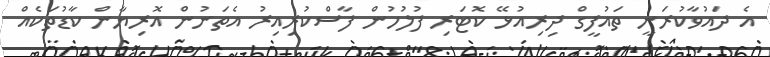
އެ ދައުވާކުރަނީ ތައުފީގް ދިރިއުޅޭ ކޮޓަރި ފުލުހުން ފާސްކުރިއިރު އެތަނުން އޮރިޔާން ކާޑުތަކެއް